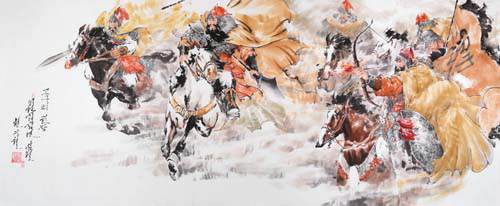
白骨露於野，千里无鸡鸣。